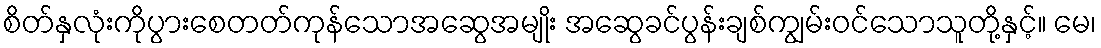
စိတ်နှလုံးကိုပွားစေတတ်ကုန်သောအဆွေအမျိုး အဆွေခင်ပွန်းချစ်ကျွမ်းဝင်သောသူတို့နှင့်။ မေ၊